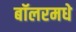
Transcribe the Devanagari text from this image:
बॉलरमधे